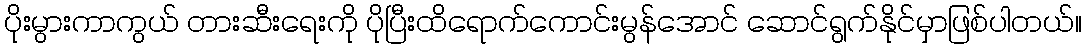
ပိုးမွားကာကွယ် တားဆီးရေးကို ပိုပြီးထိရောက်ကောင်းမွန်အောင် ဆောင်ရွက်နိုင်မှာဖြစ်ပါတယ်။